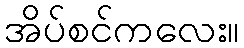
အိပ်စင်ကလေး။